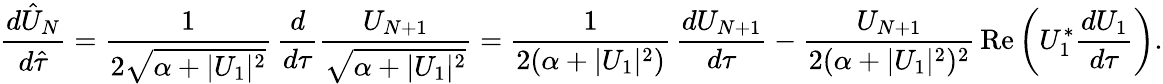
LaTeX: \frac{d\hat{U}_{N}}{d\hat{\tau}}=\frac{1}{2\sqrt{\alpha+|U_{1}|^{2}}}\, \frac{d}{d\tau}\frac{U_{N+1}}{\sqrt{\alpha+|U_{1}|^{2}}}=\frac{1}{2(\alpha+|U_{1}|^{2})}\, \frac{dU_{N+1}}{d\tau}-\frac{U_{N+1}}{2(\alpha+|U_{1}|^{2})^{2}}\, \mathrm{Re}\left(U_{1}^{*}\frac{dU_{1}}{d\tau}\right).